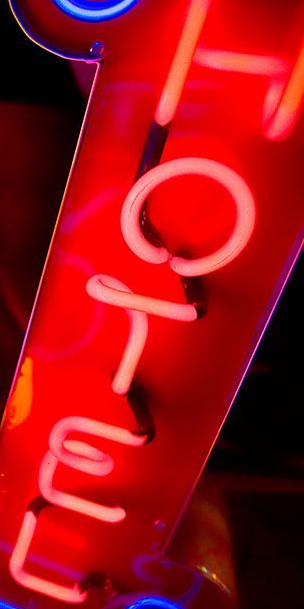
HOTEL